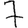
Digit: 7